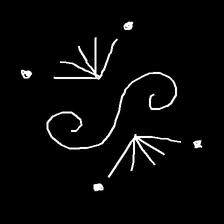
Glyph: aeroform